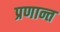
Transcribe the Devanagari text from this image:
प्रणान्त